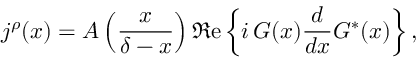
j ^ { \rho } ( x ) = { \cal A } \left( \frac { x } { \delta - x } \right) \Re \mathrm { e } \left\{ i \, G ( x ) \frac { d } { d x } G ^ { \ast } ( x ) \right\} ,